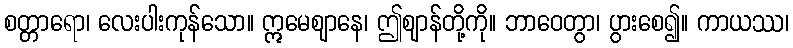
စတ္တာရော၊ လေးပါးကုန်သော။ ဣမေဈာနေ၊ ဤဈာန်တို့ကို။ ဘာဝေတွာ၊ ပွားစေ၍။ ကာယဿ၊